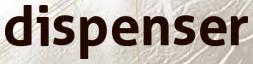
dispenser